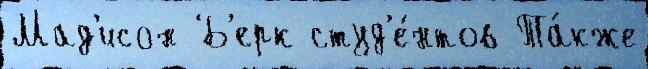
Мад'исон Б'ерк студ'е́нтов Та́кже